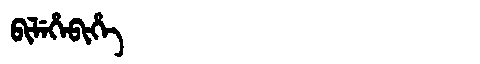
Manchu: ᠪᡳᠯᡝᡥᡝᠪᡳᡥᡝ
Romanization: BILEHEBIHE